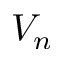
V _ { n }